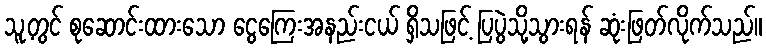
သူ့တွင် စုဆောင်းထားသော ငွေကြေးအနည်းငယ် ရှိသဖြင့် ပြပွဲသို့သွားရန် ဆုံးဖြတ်လိုက်သည်။